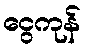
ငွေကုန်